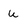
Character: u